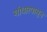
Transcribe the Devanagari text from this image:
गांधारपासून